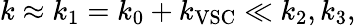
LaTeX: k\approx k_{1}=k_{0}+k_{\mathrm{VSC}}\ll k_{2},k_{3},